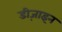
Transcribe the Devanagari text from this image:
डीज़ाइन